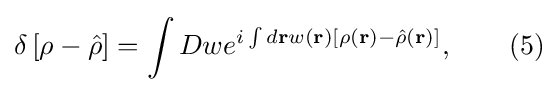
\delta \left[\rho -{\hat {\rho }}\right]=\int Dwe^{i\int d\mathbf {r} w(\mathbf {r} )\left[\rho (\mathbf {r} )-{\hat {\rho }}(\mathbf {r} )\right]},\qquad (5)